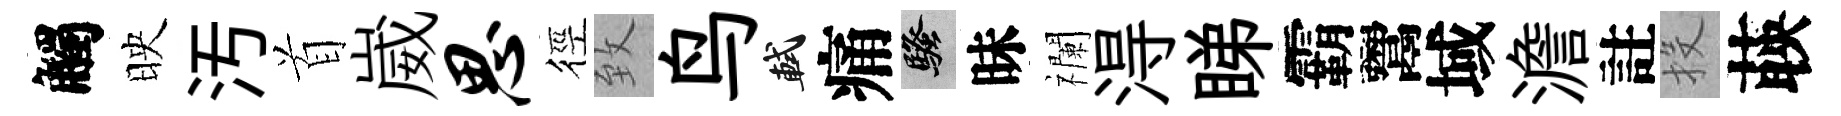
觸映汚首崴思徑致鸟軾痛騷昧襴淂睇霸鬻域澹註投𦴤